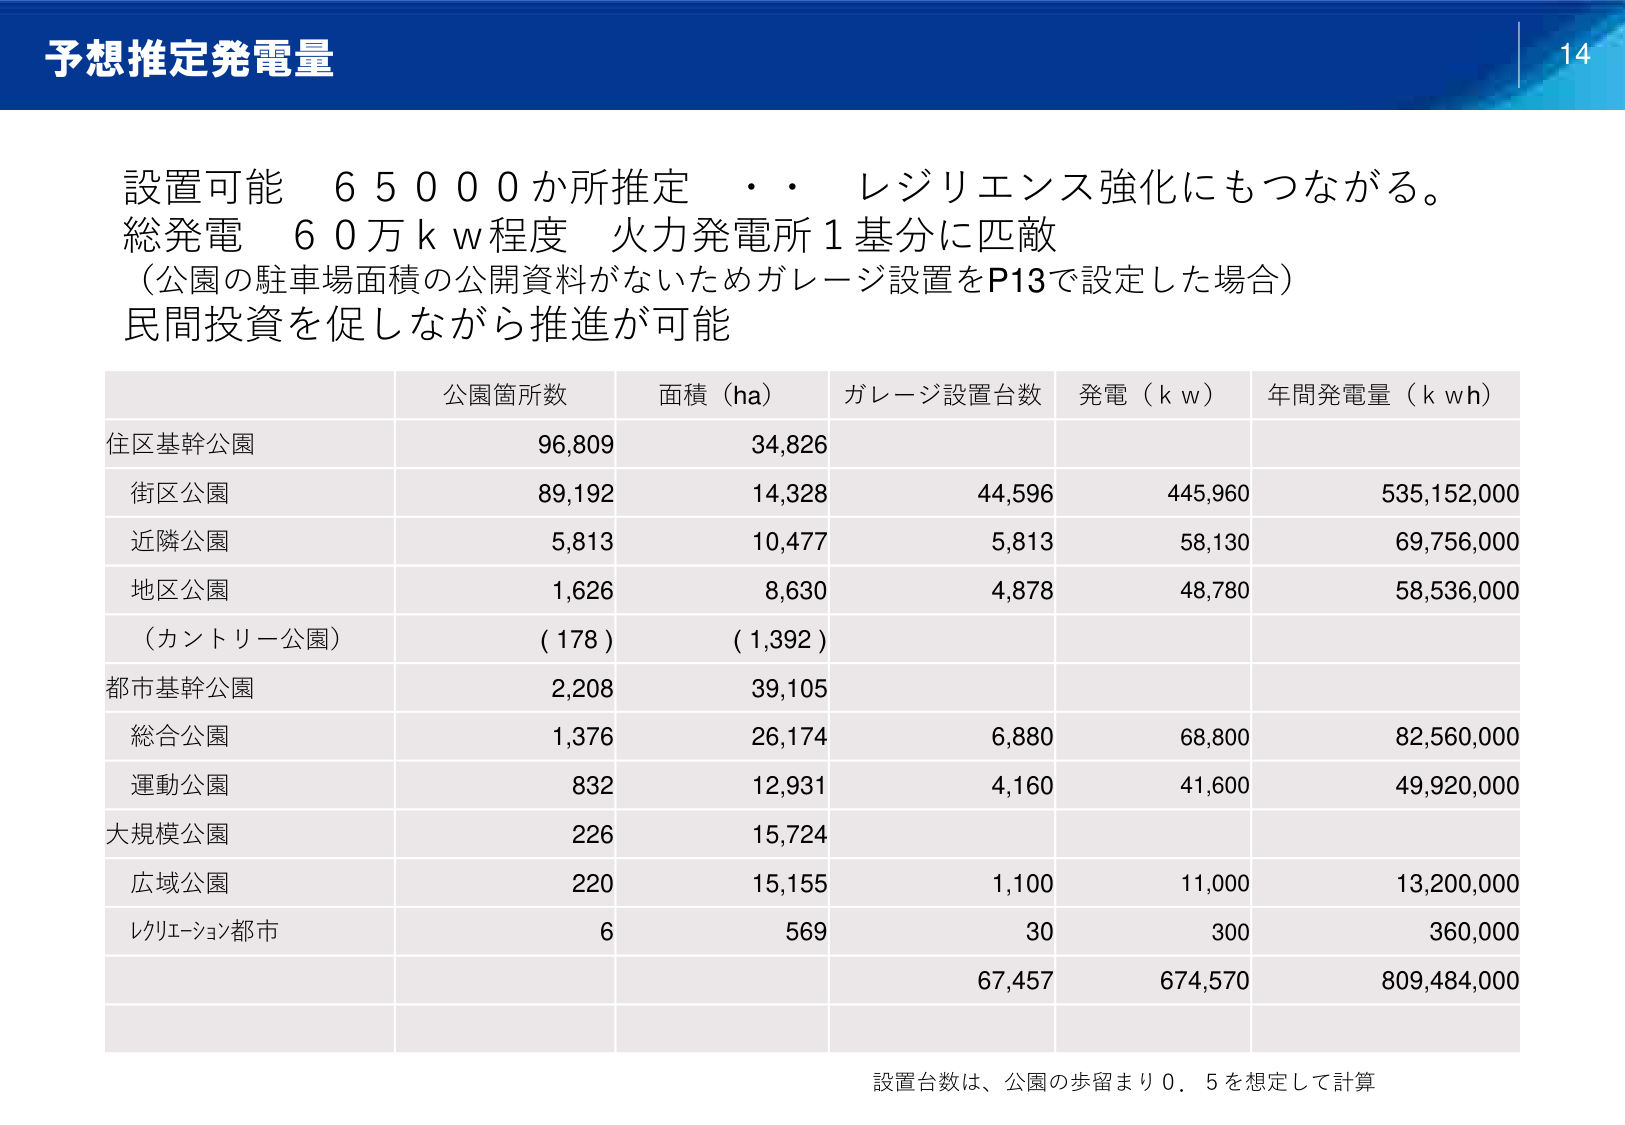
予想推定発電量

設置可能 65000か所推定 ・・ レジリエンス強化にもつながる。
総発電 60万ｋｗ程度 火力発電所1基分に匹敵
（公園の駐車場面積の公開資料がないためガレージ設置をP13で設定した場合）
民間投資を促しながら推進が可能

公園箇所数 面積（ha） ガレージ設置台数 発電（ｋｗ） 年間発電量（ｋｗｈ）
住区基幹公園 96,809 34,826
街区公園 89,192 14,328 44,596 445,960 535,152,000
近隣公園 5,813 10,477 5,813 58,130 69,756,000
地区公園 1,626 8,630 4,878 48,780 58,536,000
（カントリー公園） （178） （1,392）
都市基幹公園 2,208 39,105
総合公園 1,376 26,174 6,880 68,800 82,560,000
運動公園 832 12,931 4,160 41,600 49,920,000
大規模公園 226 15,724
広域公園 220 15,155 1,100 11,000 13,200,000
レクリエーション都市 6 569 30 300 360,000
67,457 674,570 809,484,000

設置台数は、公園の歩留まり0.5を想定して計算

14